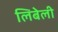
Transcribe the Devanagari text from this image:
लिबेली